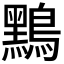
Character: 𪆤